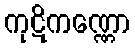
ကုဋိကဏ္ဏော